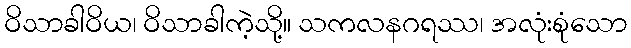
ဝိသာခါဝိယ၊ ဝိသာခါကဲ့သို့။ သကလနဂရဿ၊ အလုံးစုံသော